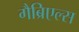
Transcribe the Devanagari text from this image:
गैब्रिएल्स